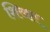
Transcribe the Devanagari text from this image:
शिखार